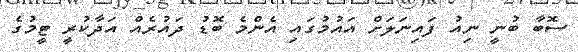
ސޮބާ ބުނީ ނިއު ފައިނަލަށް އައުމުގައި އެންމެ ބޮޑު ދައުރެއް އަދާކުރީ ޓީމުގެ